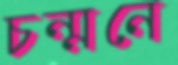
চন্‌মনে